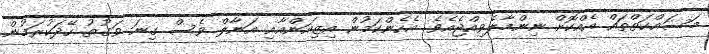
މަސައްކަތްތައް އެއްކޮށް ނިންމާލެވިއްޖެއެވެ. އެހެންކަމުން އިޒިއަންއާއި އަނާލް ވެސް ގިނަ ވަގުތު ހޭދަކުރަމުން